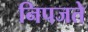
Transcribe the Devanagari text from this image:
निपजते